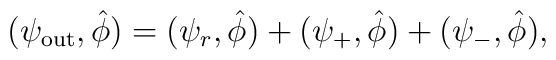
(\psi_{{\rm out}},\hat{\phi}) =  (\psi_{r},\hat{\phi})+(\psi_{+},\hat{\phi}) + (\psi_{-},\hat{\phi}),